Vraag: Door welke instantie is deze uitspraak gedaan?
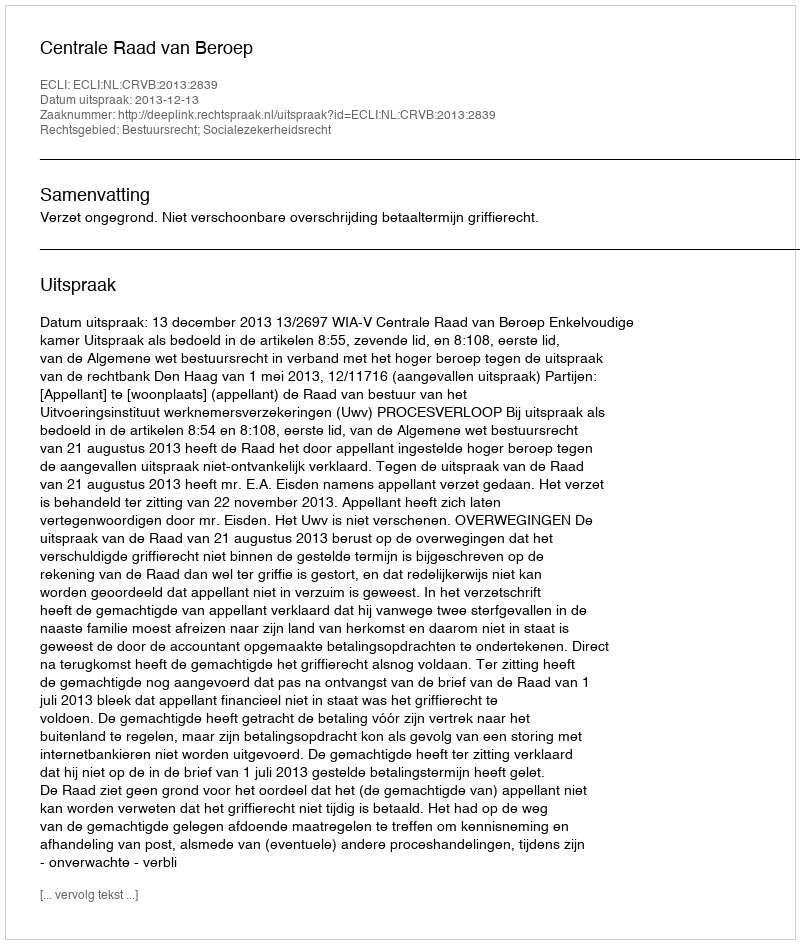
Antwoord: Centrale Raad van Beroep